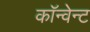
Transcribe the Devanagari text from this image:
कॉन्वेन्ट